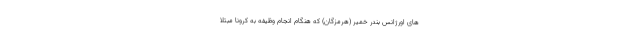
های اورژانس بندر خمیر (هرمزگان) که هنگام انجام وظیفه به کرونا مبتلا